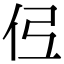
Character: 𫢏